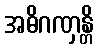
အဓိဂဏှန္တိ